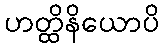
ဟတ္ထိနိယောပိ